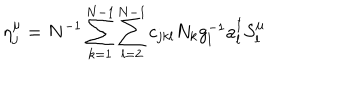
LaTeX: \eta _ { j } ^ { \mu } = N ^ { - 1 } \sum _ { k = 1 } ^ { N - 1 } \sum _ { l = 2 } ^ { N - 1 } c _ { j k l } N _ { k } g _ { l } ^ { - 1 } a _ { l } ^ { \dagger } S _ { l } ^ { \mu }